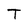
Character: T